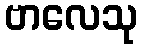
ဗာလေသု